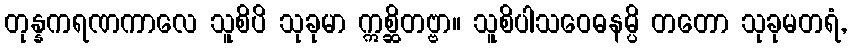
တုန္နကရဏကာလေ သူစိပိ သုခုမာ ဣစ္ဆိတဗ္ဗာ။ သူစိပါသဝေဓနမ္ပိ တတော သုခုမတရံ,